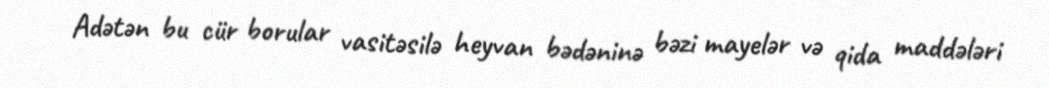
Adətən bu cür borular vasitəsilə heyvan bədəninə bəzi mayelər və qida maddələri